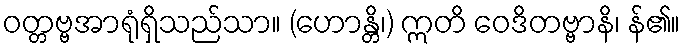
ဝတ္တဗ္ဗအာရုံရှိသည်သာ။ (ဟောန္တိ၊) ဣတိ ဝေဒိတဗ္ဗာနိ၊ န်၏။